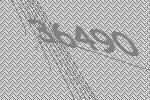
36490